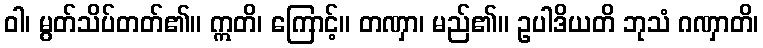
ဝါ၊ မွတ်သိပ်တတ်၏။ ဣတိ၊ ကြောင့်။ တဏှာ၊ မည်၏။ ဥပါဒိယတိ ဘုသံ ဂဏှာတိ၊